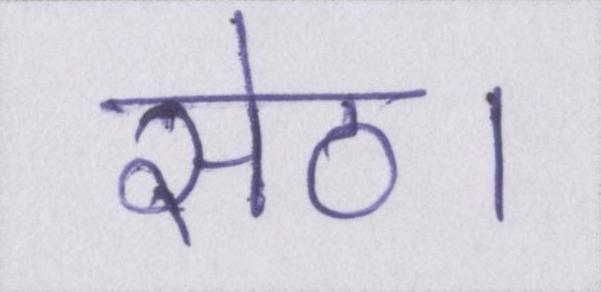
सेठ।